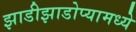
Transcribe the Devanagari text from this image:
झाडीझाडोप्यामध्ये